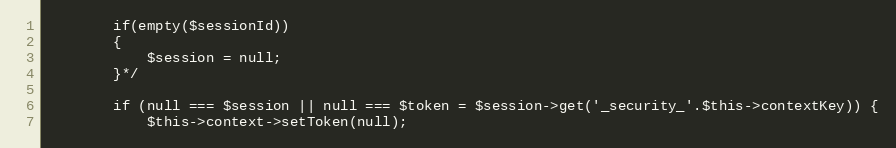
Language: PHP
        if(empty($sessionId))
        {
            $session = null;
        }*/

        if (null === $session || null === $token = $session->get('_security_'.$this->contextKey)) {
            $this->context->setToken(null);